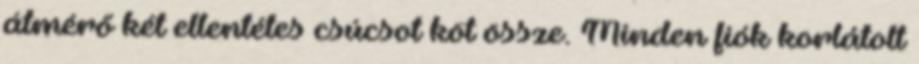
átmérő két ellentétes csúcsot köt össze. Minden fiók korlátolt